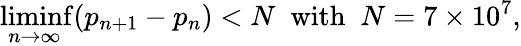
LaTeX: \operatorname*{liminf}_{n\to\infty}(p_{n+1}-p_{n})<N\; {\mathrm{~with~}}\; N=7\times 10^{7},